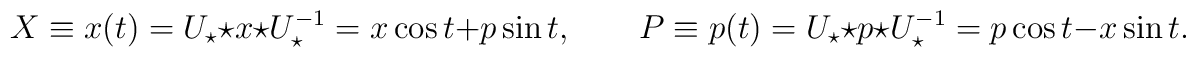
X\equiv x(t)=U_{\star}\star x\star U_{\star}^{-1}= x\cos t + p \sin t, \qquad  P\equiv p(t)=U_{\star}\star p\star U_{\star}^{-1}= p\cos t - x \sin t.